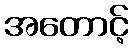
အတောင့်